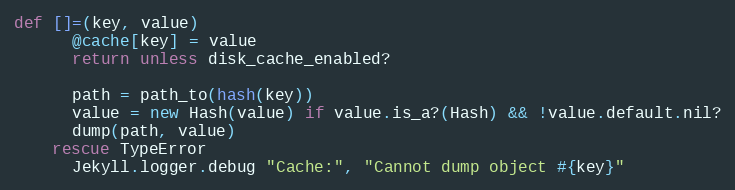
Language: Ruby
def []=(key, value)
      @cache[key] = value
      return unless disk_cache_enabled?

      path = path_to(hash(key))
      value = new Hash(value) if value.is_a?(Hash) && !value.default.nil?
      dump(path, value)
    rescue TypeError
      Jekyll.logger.debug "Cache:", "Cannot dump object #{key}"